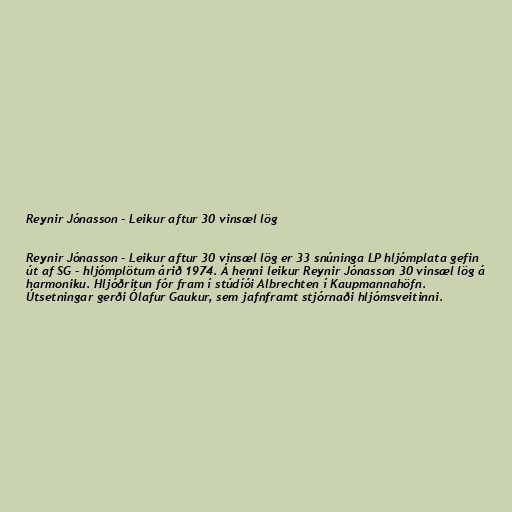
Reynir Jónasson - Leikur aftur 30 vinsæl lög

Reynir Jónasson - Leikur aftur 30 vinsæl lög er 33 snúninga LP hljómplata gefin
út af SG - hljómplötum árið 1974. Á henni leikur Reynir Jónasson 30 vinsæl lög á
harmoniku. Hljóðritun fór fram í stúdíói Albrechten í Kaupmannahöfn.
Útsetningar gerði Ólafur Gaukur, sem jafnframt stjórnaði hljómsveitinni.